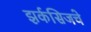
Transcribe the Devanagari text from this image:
झर्कसिजचे